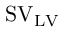
\mathrm { S V } _ { \mathrm { L V } }